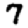
Digit: 7